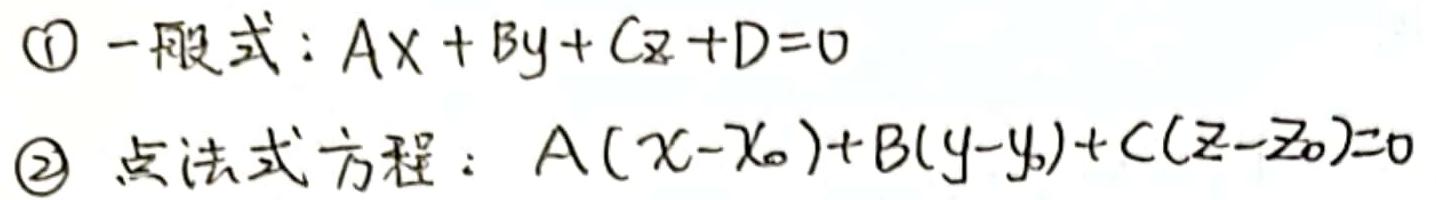
$\textcircled{1}$ 一般式：$Ax + By + Cz + D = 0$
$\textcircled{2}$ 点法式方程：$A(x - x_0) + B(y - y_0) + C(z - z_0) = 0$